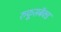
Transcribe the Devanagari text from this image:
रुफूसबॅक्ड